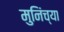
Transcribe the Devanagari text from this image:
मुनिंच्या